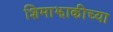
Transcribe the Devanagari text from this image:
शिमाझाकीच्या